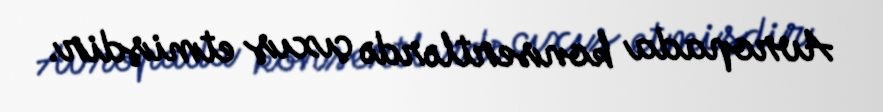
Avropada konsertlərdə çıxış etmişdir.